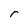
Character: r